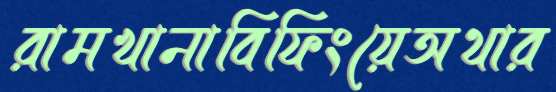
রামখানাবিফিংয়েঅথার